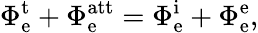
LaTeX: \Phi_{\mathrm{e}}^{\mathrm{t}}+\Phi_{\mathrm{e}}^{\mathrm{att}}=\Phi_{\mathrm{e}}^{\mathrm{i}}+\Phi_{\mathrm{e}}^{\mathrm{e}},